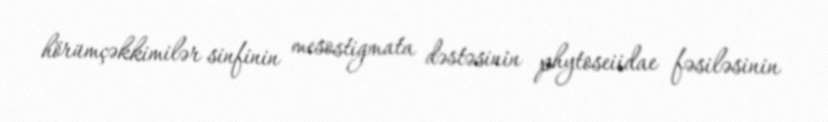
hörümçəkkimilər sinfinin mesostigmata dəstəsinin phytoseiidae fəsiləsinin